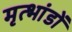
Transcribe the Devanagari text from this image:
मृत्भांडों